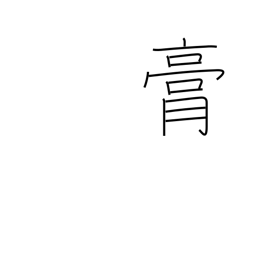
Meaning: fat